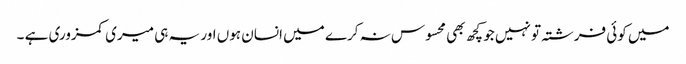
میں کوئی فرشتہ تو نہیں جو کچھ بھی محسوس نہ کرے میں انسان ہوں اور یہ ہی میری کمزوری ہے ۔